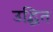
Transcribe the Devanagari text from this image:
उद्धित